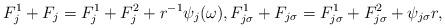
LaTeX: \begin{align*}F_j^1+F_j=F_j^1+F_j^2+r^{-1}\psi_j(\omega),F_{j\sigma}^1+F_{j\sigma}=F_{j\sigma}^1+F_{j\sigma}^2+\psi_{j\sigma}r,\end{align*}